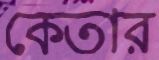
কেতার